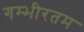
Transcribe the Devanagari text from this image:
गम्भीरतम